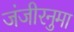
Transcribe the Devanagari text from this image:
जंजीरनुमा